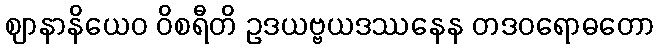
ဈာနာနိယေဝ ဝိစရီတိ ဥဒယဗ္ဗယဒဿနေန တဒဝရောဓတော